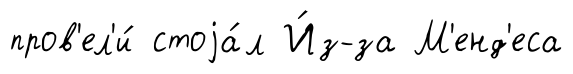
пров'ел'и́ стоjа́л И́з-за М'енд'еса